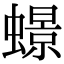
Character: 𧑊